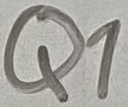
Text: Q1